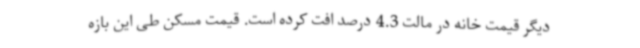
دیگر قیمت خانه در مالت 4.3 درصد افت کرده است. قیمت مسکن طی این بازه